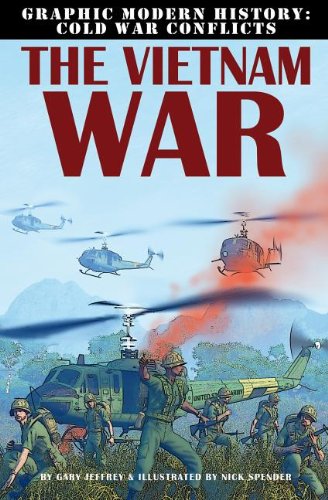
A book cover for The Vietnam War (Graphic Modern History: Cold War Conflicts); Gary Jeffrey; Children's Books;